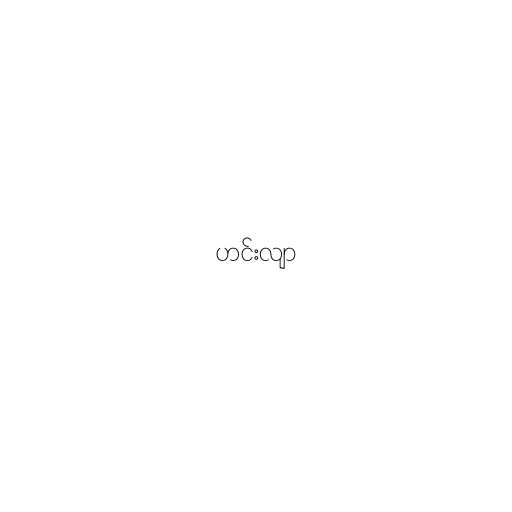
ဟင်းလျာ